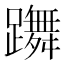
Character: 躌